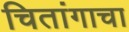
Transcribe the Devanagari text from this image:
चितांगाचा